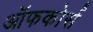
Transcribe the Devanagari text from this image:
ऑफकोर्स